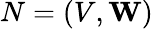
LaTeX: N=(V,\mathbf{W})